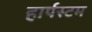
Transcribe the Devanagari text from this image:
हार्पस्टम